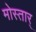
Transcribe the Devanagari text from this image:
मोस्तार्